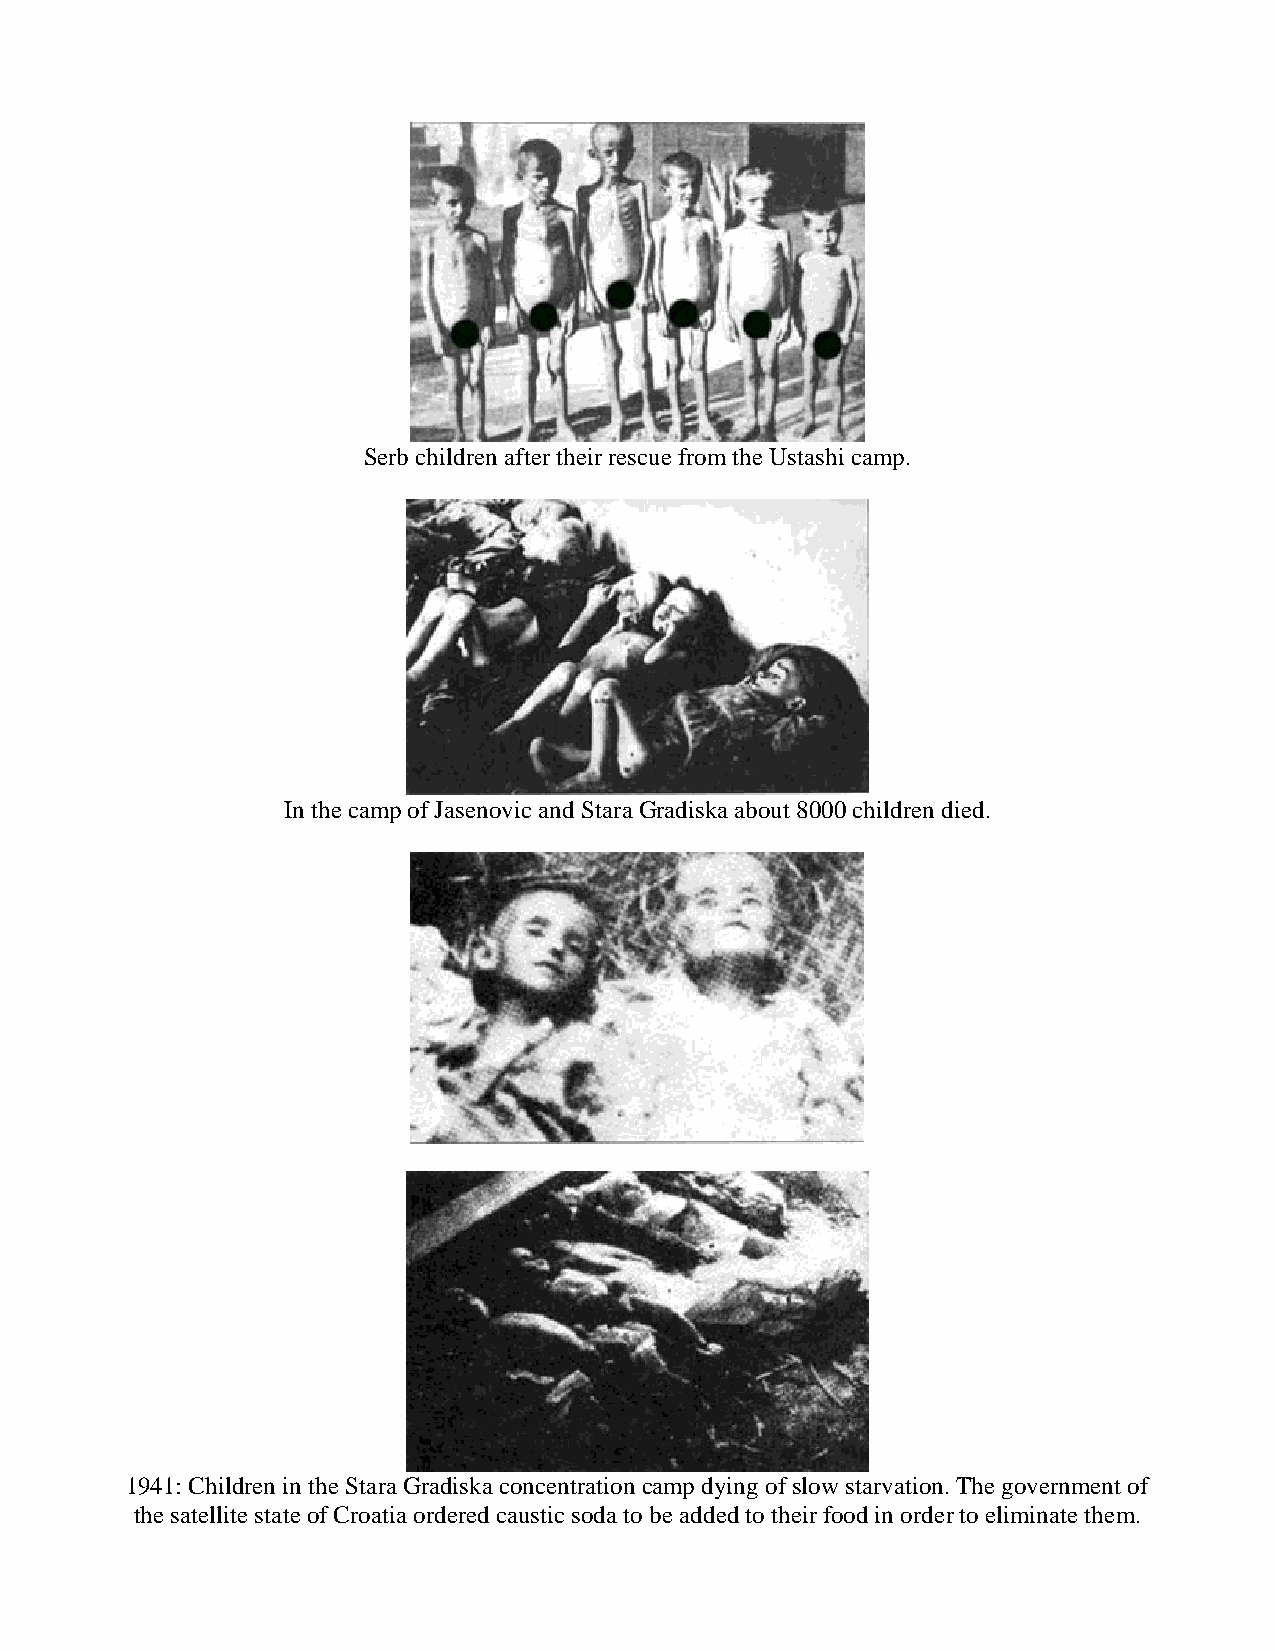
Serb children after their rescue from the Ustashi camp.
 In the camp of Jasenovic and Stara Gradiska about 8000 children died.
 1941: Children in the Stara Gradiska concentration camp dying of slow starvation. The government of
 the satellite state of Croatia ordered caustic soda to be added to their food in order to eliminate them.